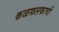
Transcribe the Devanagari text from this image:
कळफलकाची